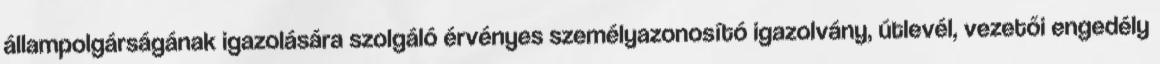
állampolgárságának igazolására szolgáló érvényes személyazonosító igazolvány, útlevél, vezetői engedély